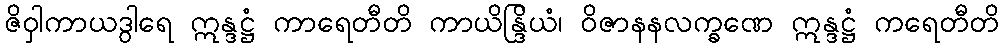
ဇိဝှါကာယဒွါရေ ဣန္ဒဋ္ဌံ ကာရေတီတိ ကာယိန္ဒြိယံ၊ ဝိဇာနနလက္ခဏေ ဣန္ဒဋ္ဌံ ကရေတီတိ